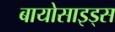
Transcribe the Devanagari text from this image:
बायोसाइड्स